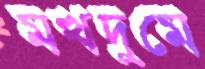
মখদুমে